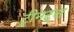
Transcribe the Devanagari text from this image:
ट्रीनट्स